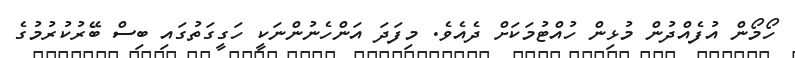
ހޯމޯން އުފެއްދުން މުޅިން ހުއްޓުމަކަށް ދެއެވެ. މިފަދަ އަންހެނުންނަކީ ހަގީގަތުގައި ބިސް ބޭރުކުރުމުގެ